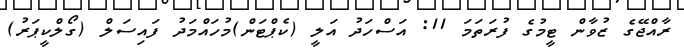
ރާއްޖޭގެ ޒުވާން ޓީމުގެ ފުރަތަމަ 11: އަސްހަދު އަލީ (ކެޕްޓަން)މުހައްމަދު ފައިސަލް (ގޯލްކީޕަރު)